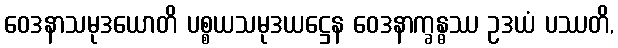
ဝေဒနာသမုဒယောတိ ပစ္စယသမုဒယဋ္ဌေန ဝေဒနာက္ခန္ဓဿ ဥဒယံ ပဿတိ,